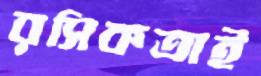
রসিকতাই